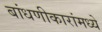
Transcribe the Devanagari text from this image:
बांधणीकारांमध्ये